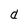
Character: d